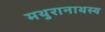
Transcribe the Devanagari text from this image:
मथुरानाथस्य